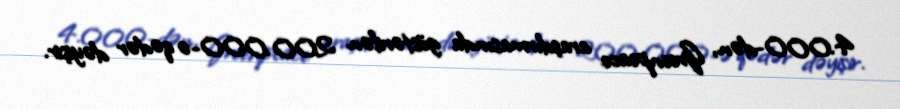
4.000-dən, Greenpeace araşdırmasında göstərilən 200.000-ə qədər dəyişir.